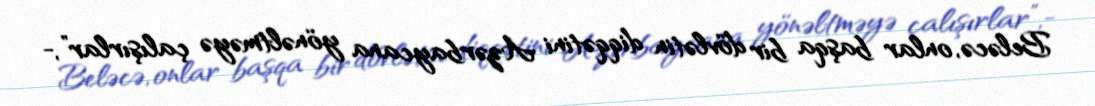
Beləcə, onlar başqa bir dövlətin diqqətini Azərbaycana yönəltməyə çalışırlar”,-